Vaccine operations Central Provinces & Berar 1922-1929 - 1922-1929
Year: 1922
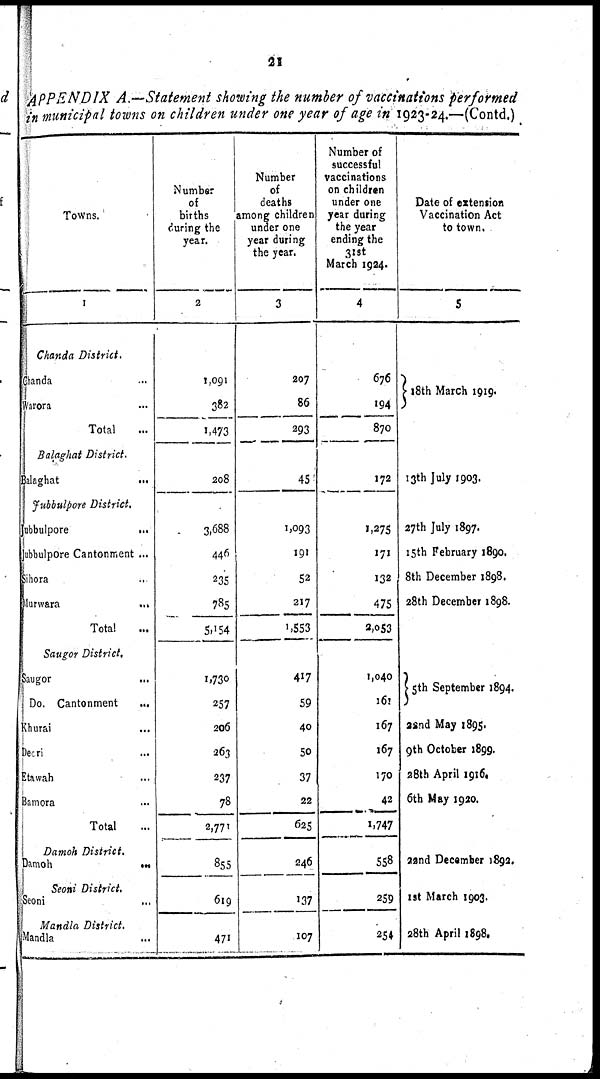
21
APPENDIX A.—Statement showing the number of vaccinations performed
in municipal towns on children under one year of age in 1923-24.—(Contd.)
Towns.
1
Chanda
District.
Chanda..
Warora...
Total...
Balaghat
District.
Balaghat...
Jubbulpore
District.
Jubbulpore...
Jubbulpore Cantonment ...
Sihora..
Murwara...
Total...
Saugor
District.
Saugor...
Do.
Cantonment...
Khurai...
Deori...
Etawah...
Bamora...
Total...
Damoh
District.
Damoh...
Seoni
District.
Seoni...
Mandla
District.
Mandla...
Number
of
births
during the
year.
2
1,091
382
1,473
208
3,688
446
235
785
5,154
1,730
257
206
263
237
78
2,771
855
619
471
Number
of
deaths
among children
under one
year during
the year.
3
207
86
293
45
1,093
191
52
217
1,553
417
59
40
50
37
22
625
246
137
107
Number of
successful
vaccinations
on children
under one
year during
the year
ending the
31st
March 1924.
4
676
194
870
172
1,275
171
132
475
2,053
1,040
161
167
167
170
42
1,747
558
259
254
Date of extension
Vaccination Act
to town.
5
18th March 1919.
13th July 1903.
27th July 1897.
15th February 1890.
8th December 1898.
28th December 1898.
5th September 1894.
22nd May 1895.
9th October 1899.
28th April 1916.
6th May 1920.
22nd December 1892.
1st March 1903.
28th April 1898.